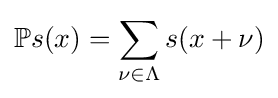
\mathbb {P} s(x)=\sum _{\nu \in \Lambda }s(x+\nu )